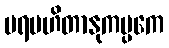
ပရမဟိတာနုကမ္ပကေ